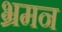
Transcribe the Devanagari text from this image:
भ्रमन